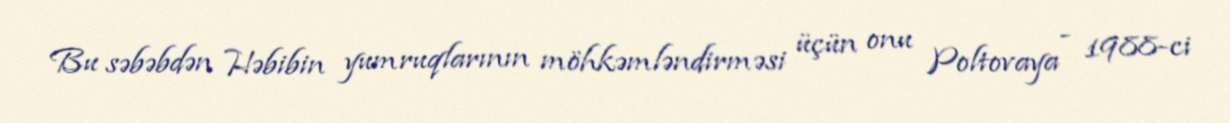
Bu səbəbdən Həbibin yumruqlarının möhkəmləndirməsi üçün onu Poltovaya - 1988-ci